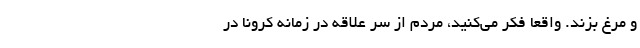
و مرغ بزند. واقعا فکر می‌کنید، مردم از سر علاقه در زمانه کرونا در